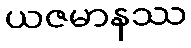
ယဇမာနဿ